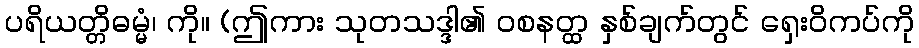
ပရိယတ္တိဓမ္မံ၊ ကို။ (ဤကား သုတသဒ္ဒါ၏ ဝစနတ္ထ နှစ်ချက်တွင် ရှေးဝိကပ်ကို